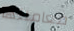
معاملتها